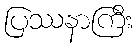
ပြဿနာကြီး